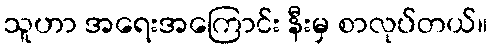
သူဟာ အရေးအကြောင်း နီးမှ စာလုပ်တယ်။